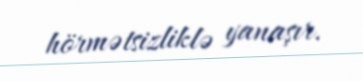
hörmətsizliklə yanaşır.